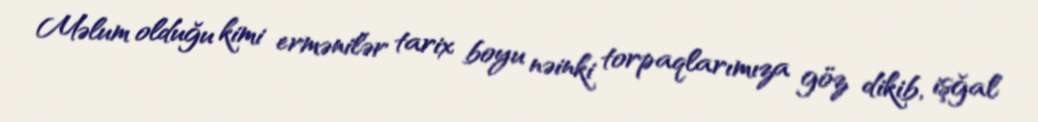
Məlum olduğu kimi ermənilər tarix boyu nəinki torpaqlarımıza göz dikib, işğal